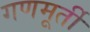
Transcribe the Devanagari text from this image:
गणमूर्ती